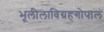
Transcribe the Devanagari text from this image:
भूलीलाविग्रहगोपालं